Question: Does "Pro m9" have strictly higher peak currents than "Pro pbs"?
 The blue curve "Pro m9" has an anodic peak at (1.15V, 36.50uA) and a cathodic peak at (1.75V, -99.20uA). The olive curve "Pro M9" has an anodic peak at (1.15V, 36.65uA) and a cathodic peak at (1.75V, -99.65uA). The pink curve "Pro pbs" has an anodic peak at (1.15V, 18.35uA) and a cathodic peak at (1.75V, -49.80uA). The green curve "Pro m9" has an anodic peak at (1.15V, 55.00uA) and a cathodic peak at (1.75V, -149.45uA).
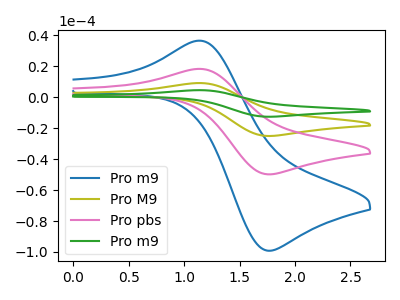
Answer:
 <answer>Every peak in "Pro m9" is higher than every peak in "Pro pbs".</answer>
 <eval>higher</eval>